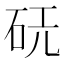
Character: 𪿔